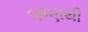
ઋણથી